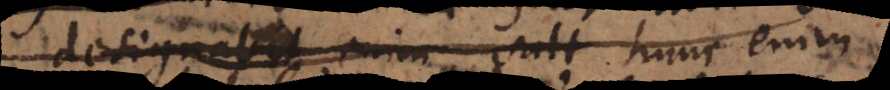
designabat enim salt hunc enim